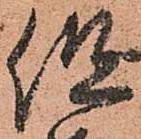
但